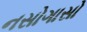
નસોગાસો